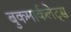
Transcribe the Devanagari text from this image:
बुकमार्कलेट्स